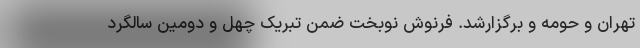
تهران و حومه و برگزارشد. فرنوش نوبخت ضمن تبریک چهل و دومین سالگرد